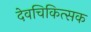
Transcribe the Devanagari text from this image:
देवचिकित्सक